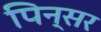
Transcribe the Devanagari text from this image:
पिन्सर